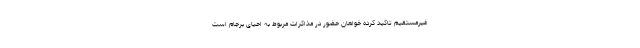
غیرمستقیم تاکید کرده خواهان حضور در مذاکرات مربوط به احیای برجام است